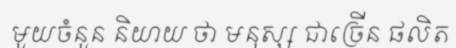
មួយចំនួន និយាយ ថា មនុស្ស ជាច្រើន ផលិត